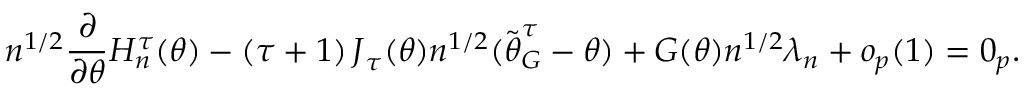
n ^ { 1 / 2 } \frac { \partial } { \partial \boldsymbol { \theta } } H _ { n } ^ { \tau } ( \boldsymbol { \theta } ) - \left( \tau + 1 \right) \boldsymbol { J } _ { \boldsymbol { \tau } } ( \boldsymbol { \theta } ) n ^ { 1 / 2 } ( \widetilde { \boldsymbol { \theta } } _ { G } ^ { \tau } - \boldsymbol { \theta } ) + \boldsymbol { G } ( \boldsymbol { \theta } ) n ^ { 1 / 2 } \boldsymbol { \lambda } _ { n } + o _ { p } ( 1 ) = \boldsymbol { 0 } _ { p } .